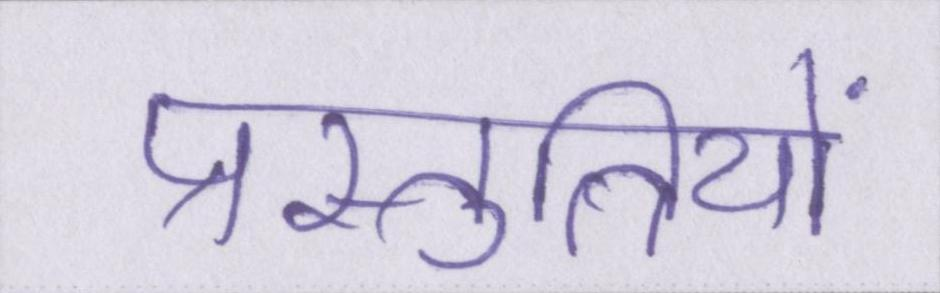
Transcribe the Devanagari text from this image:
प्रस्तुतियों